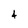
Character: 4